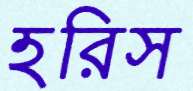
হরিস